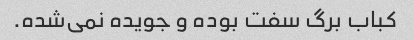
کباب برگ سفت بوده و جویده نمی‌شده.